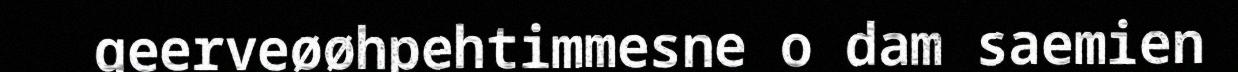
geerveøøhpehtimmesne o dam saemien